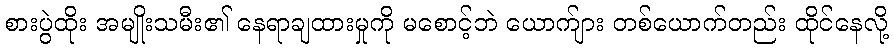
စားပွဲထိုး အမျိုးသမီး၏ နေရာချထားမှုကို မစောင့်ဘဲ ယောက်ျား တစ်ယောက်တည်း ထိုင်နေလို့